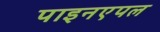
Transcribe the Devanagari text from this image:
पाइनएपल